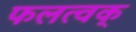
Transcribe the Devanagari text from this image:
फलत्वक्‌